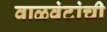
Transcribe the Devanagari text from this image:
वाळवंटांची